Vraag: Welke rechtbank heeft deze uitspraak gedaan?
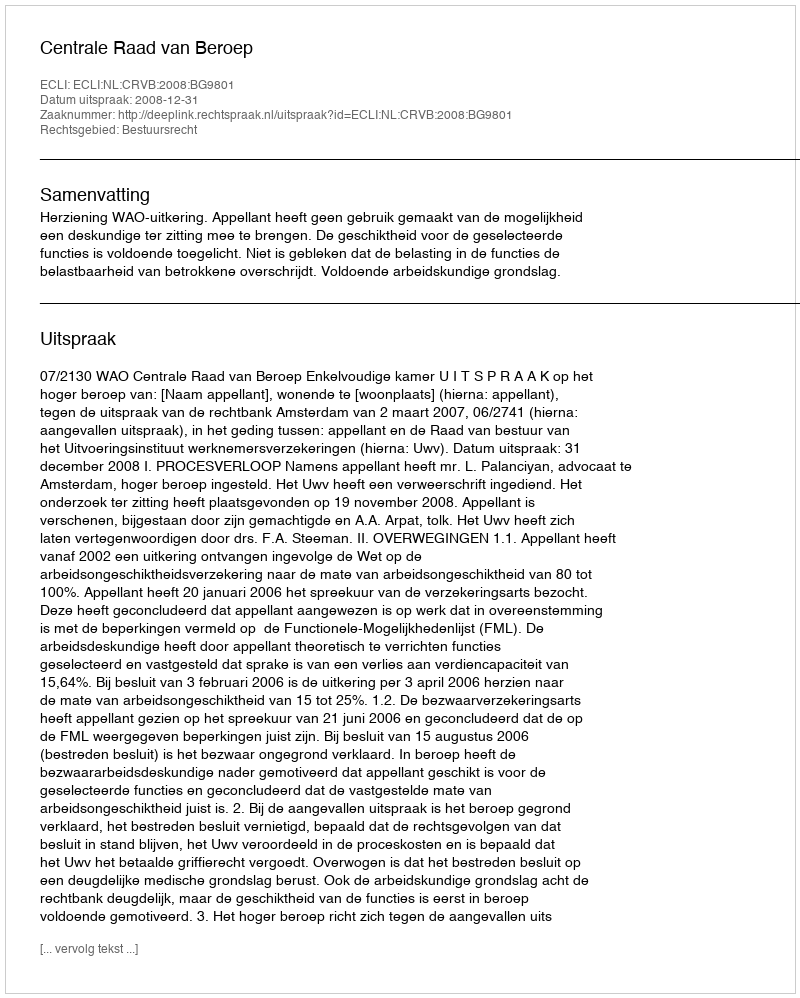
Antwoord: Centrale Raad van Beroep